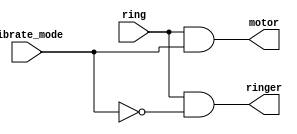
module top_module(
	input ring, 
	input vibrate_mode,
	output ringer,
	output motor
);
	
	// When should ringer be on? When (phone is ringing) and (phone is not in vibrate mode)
	assign ringer = ring & ~vibrate_mode;
	
	// When should motor be on? When (phone is ringing) and (phone is in vibrate mode)
	assign motor = ring & vibrate_mode;
	
endmodule